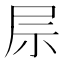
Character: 𫵖